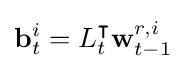
\mathbf {b} _{t}^{i}=L_{t}^{\intercal }\mathbf {w} _{t-1}^{r,i}